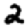
Digit: 2